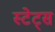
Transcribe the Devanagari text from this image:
स्टेट्‍स